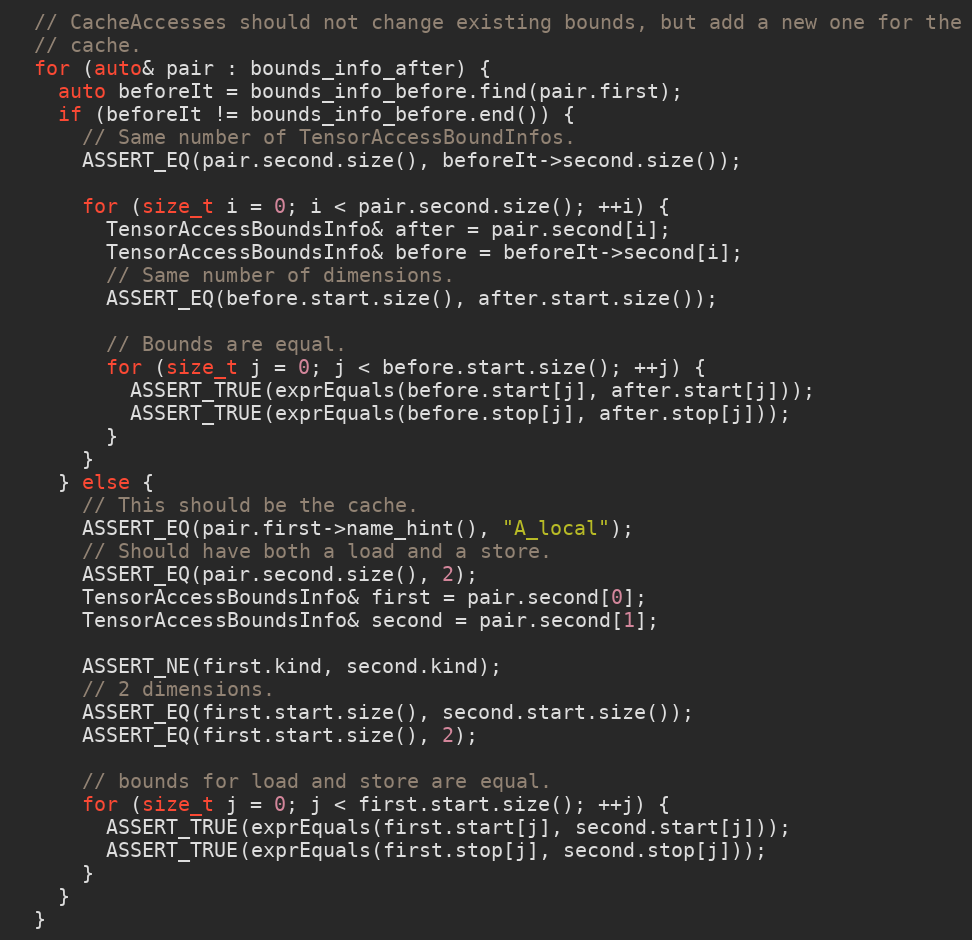
Language: C++
  // CacheAccesses should not change existing bounds, but add a new one for the
  // cache.
  for (auto& pair : bounds_info_after) {
    auto beforeIt = bounds_info_before.find(pair.first);
    if (beforeIt != bounds_info_before.end()) {
      // Same number of TensorAccessBoundInfos.
      ASSERT_EQ(pair.second.size(), beforeIt->second.size());

      for (size_t i = 0; i < pair.second.size(); ++i) {
        TensorAccessBoundsInfo& after = pair.second[i];
        TensorAccessBoundsInfo& before = beforeIt->second[i];
        // Same number of dimensions.
        ASSERT_EQ(before.start.size(), after.start.size());

        // Bounds are equal.
        for (size_t j = 0; j < before.start.size(); ++j) {
          ASSERT_TRUE(exprEquals(before.start[j], after.start[j]));
          ASSERT_TRUE(exprEquals(before.stop[j], after.stop[j]));
        }
      }
    } else {
      // This should be the cache.
      ASSERT_EQ(pair.first->name_hint(), "A_local");
      // Should have both a load and a store.
      ASSERT_EQ(pair.second.size(), 2);
      TensorAccessBoundsInfo& first = pair.second[0];
      TensorAccessBoundsInfo& second = pair.second[1];

      ASSERT_NE(first.kind, second.kind);
      // 2 dimensions.
      ASSERT_EQ(first.start.size(), second.start.size());
      ASSERT_EQ(first.start.size(), 2);

      // bounds for load and store are equal.
      for (size_t j = 0; j < first.start.size(); ++j) {
        ASSERT_TRUE(exprEquals(first.start[j], second.start[j]));
        ASSERT_TRUE(exprEquals(first.stop[j], second.stop[j]));
      }
    }
  }